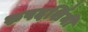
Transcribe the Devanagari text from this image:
रुपदर्शिनी